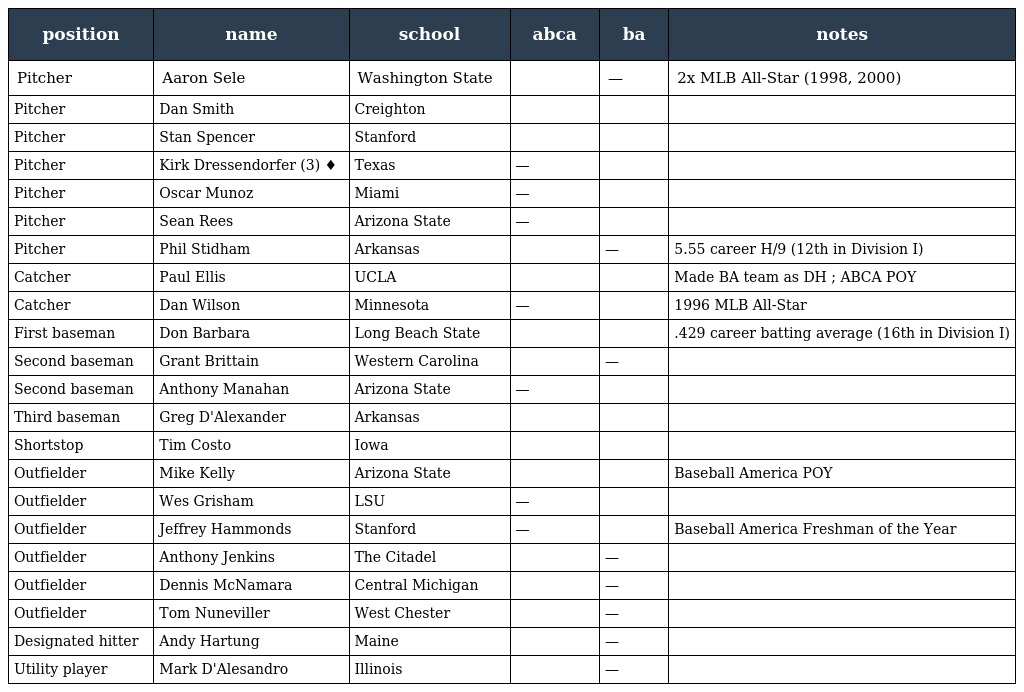
| position | name | school | abca | ba | notes |
 | --- | --- | --- | --- | --- | --- |
 | Pitcher | Aaron Sele | Washington State |  | — | 2x MLB All-Star (1998, 2000) |
 | Pitcher | Dan Smith | Creighton |  |  |  |
 | Pitcher | Stan Spencer | Stanford |  |  |  |
 | Pitcher | Kirk Dressendorfer (3) ♦ | Texas | — |  |  |
 | Pitcher | Oscar Munoz | Miami | — |  |  |
 | Pitcher | Sean Rees | Arizona State | — |  |  |
 | Pitcher | Phil Stidham | Arkansas |  | — | 5.55 career H/9 (12th in Division I) |
 | Catcher | Paul Ellis | UCLA |  |  | Made BA team as DH ; ABCA POY |
 | Catcher | Dan Wilson | Minnesota | — |  | 1996 MLB All-Star |
 | First baseman | Don Barbara | Long Beach State |  |  | .429 career batting average (16th in Division I) |
 | Second baseman | Grant Brittain | Western Carolina |  | — |  |
 | Second baseman | Anthony Manahan | Arizona State | — |  |  |
 | Third baseman | Greg D'Alexander | Arkansas |  |  |  |
 | Shortstop | Tim Costo | Iowa |  |  |  |
 | Outfielder | Mike Kelly | Arizona State |  |  | Baseball America POY |
 | Outfielder | Wes Grisham | LSU | — |  |  |
 | Outfielder | Jeffrey Hammonds | Stanford | — |  | Baseball America Freshman of the Year |
 | Outfielder | Anthony Jenkins | The Citadel |  | — |  |
 | Outfielder | Dennis McNamara | Central Michigan |  | — |  |
 | Outfielder | Tom Nuneviller | West Chester |  | — |  |
 | Designated hitter | Andy Hartung | Maine |  | — |  |
 | Utility player | Mark D'Alesandro | Illinois |  | — |  |